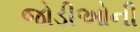
જોડીઓની